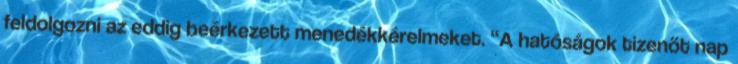
feldolgozni az eddig beérkezett menedékkérelmeket. “A hatóságok tizenöt nap